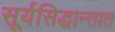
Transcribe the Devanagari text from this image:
सूर्यसिद्धान्तात